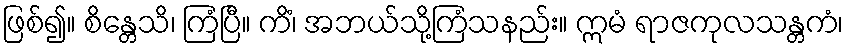
ဖြစ်၍။ စိန္တေသိ၊ ကြံပြီ။ ကိံ၊ အဘယ်သို့ကြံသနည်း။ ဣမံ ရာဇကုလသန္တကံ၊